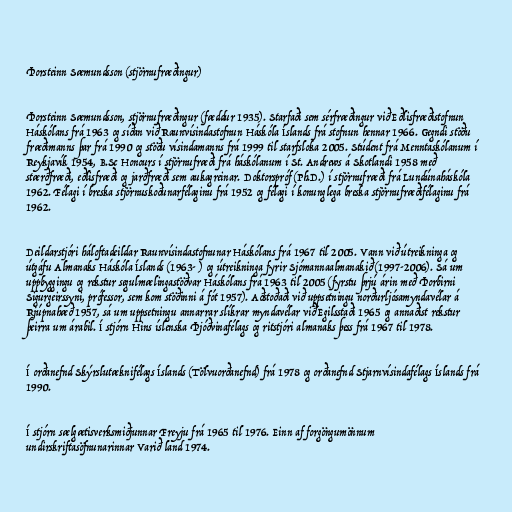
Þorsteinn Sæmundsson (stjörnufræðingur)

Þorsteinn Sæmundsson, stjörnufræðingur (fæddur 1935). Starfaði sem sérfræðingur við Eðlisfræðistofnun
Háskólans frá 1963 og síðan við Raunvísindastofnun Háskóla Íslands frá stofnun hennar 1966. Gegndi stöðu
fræðimanns þar frá 1990 og stöðu vísindamanns frá 1999 til starfsloka 2005. Stúdent frá Menntaskólanum í
Reykjavík 1954, B.Sc Honours í stjörnufræði frá háskólanum í St. Andrews á Skotlandi 1958 með
stærðfræði, eðlisfræði og jarðfræði sem aukagreinar. Doktorspróf (Ph.D.) í stjörnufræði frá Lundúnaháskóla
1962. Félagi í breska stjörnuskoðunarfélaginu frá 1952 og félagi í konunglega breska stjörnufræðifélaginu frá
1962.

Deildarstjóri háloftadeildar Raunvísindastofnunar Háskólans frá 1967 til 2005. Vann við útreikninga og
útgáfu Almanaks Háskóla Íslands (1963- ) og útreikninga fyrir Sjómannaalmanakið (1997-2006). Sá um
uppbyggingu og rekstur segulmælingastöðvar Háskólans frá 1963 til 2005 (fyrstu þrjú árin með Þorbirni
Sigurgeirssyni, prófessor, sem kom stöðinni á fót 1957). Aðstoðaði við uppsetningu norðurljósamyndavélar á
Rjúpnahæð 1957, sá um uppsetningu annarrar slíkrar myndavélar við Egilsstaði 1965 og annaðist rekstur
þeirra um árabil. Í stjórn Hins íslenska Þjóðvinafélags og ritstjóri almanaks þess frá 1967 til 1978.

Í orðanefnd Skýrslutæknifélags Íslands (Tölvuorðanefnd) frá 1978 og orðanefnd Stjarnvísindafélags Íslands frá
1990.

Í stjórn sælgætisverksmiðjunnar Freyju frá 1965 til 1976. Einn af forgöngumönnum
undirskriftasöfnunarinnar Varið land 1974.